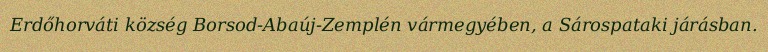
Erdőhorváti község Borsod-Abaúj-Zemplén vármegyében, a Sárospataki járásban.